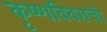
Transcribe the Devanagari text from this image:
कृष्णविवराची